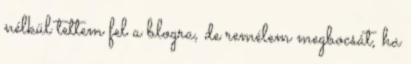
nélkül tettem fel a blogra, de remélem megbocsát, ha